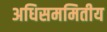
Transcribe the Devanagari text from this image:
अधिसममितीय